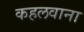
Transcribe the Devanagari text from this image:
कहलवाना